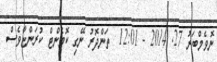
ނޮވެމްބަރު 27